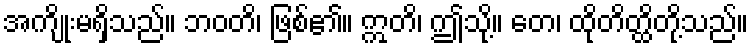
အကျိုးမရှိသည်။ ဘဝတိ၊ ဖြစ်၏။ ဣတိ၊ ဤသို့။ တေ၊ ထိုတိတ္ထိတို့သည်။